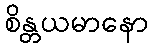
စိန္တယမာနော